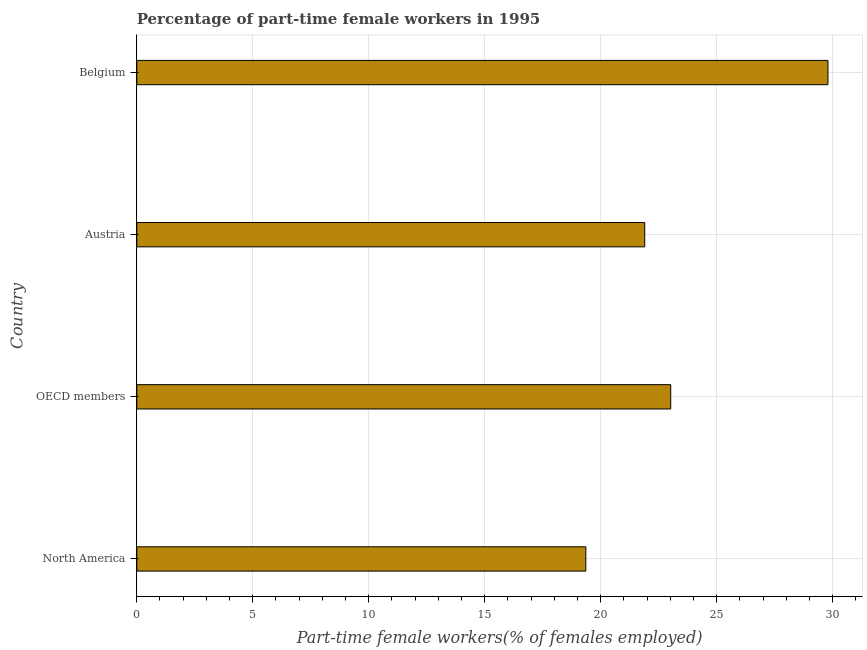
| Country | Part time employment |
 | --- | --- |
 | North America | 19.4 |
 | OECD members | 23 |
 | Austria | 21.9 |
 | Belgium | 29.8 |